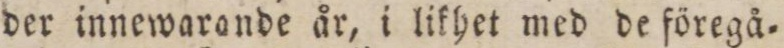
der innewarande år, i likhet med de föregå=